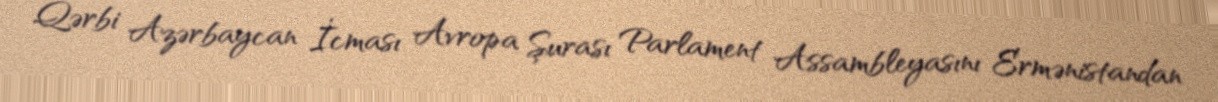
Qərbi Azərbaycan İcması Avropa Şurası Parlament Assambleyasını Ermənistandan